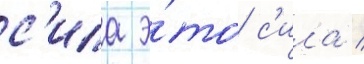
с'ила э́то с'ила /